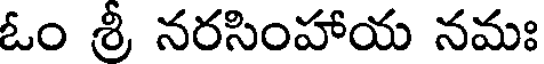
ఓం శ్రీ నరసింహాయ నమః